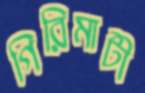
গিরিমাটী